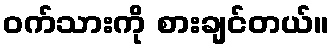
ဝက်သားကို စားချင်တယ်။